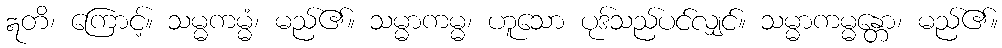
ဣတိ၊ ကြောင့်။ သမ္မကမ္မံ၊ မည်၏။ သမ္မာကမ္မ၊ ဟူသော ပုဒ်သည်ပင်လျှင်။ သမ္မာကမ္မန္တော၊ မည်၏။